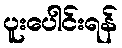
ပူးပေါင်းရန်